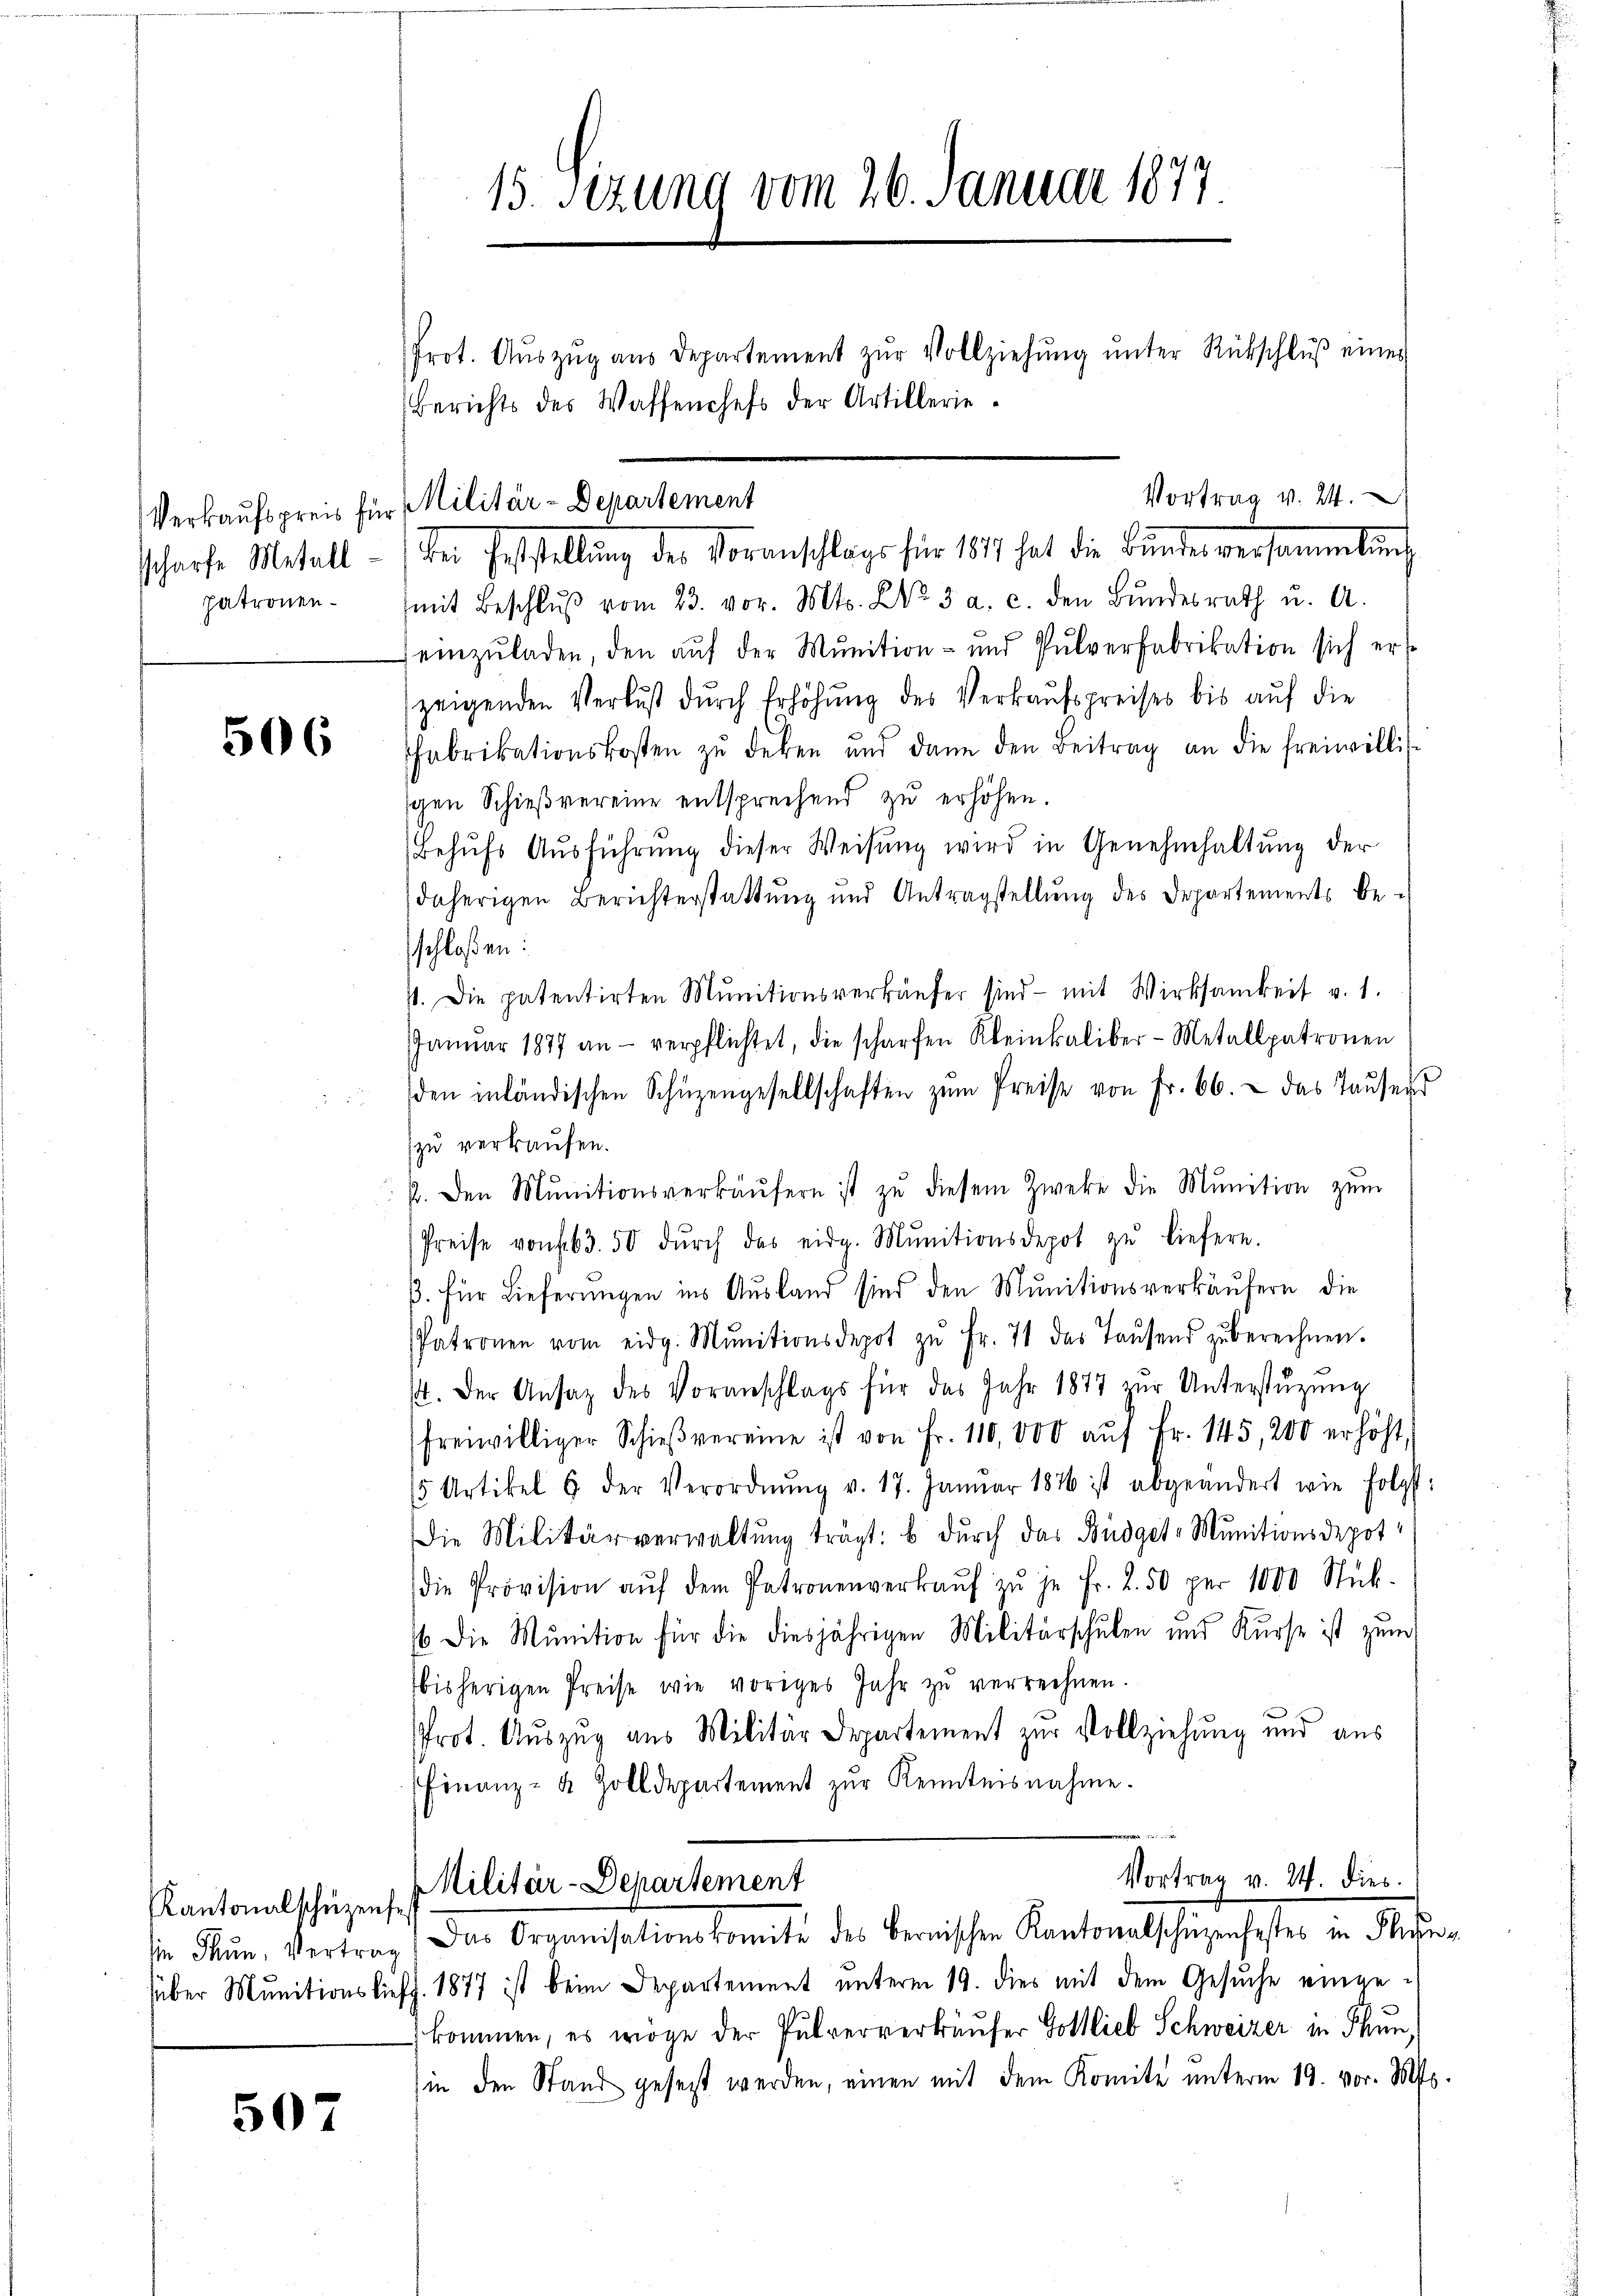
scharfe Metall.
patronen¬

506

Kantonalschüzens.

507

der Feststellung der Voranschlage für 1874 hat die Bunder versammlung
mit Beschlŭβ vom 23. vor. Mts. No. 3. a. c. den Bŭndesrath u. A.
einzŭladen, den aŭf der Munition- und Pulverfabrikation sich ers
zeigenden Verlust durch Erhöhŭng des Verkaufspreises bis auf die
Fabrikationskosten zŭ deken und dann den Beitrag an die freiwillisschen Schieβvereine entsprechend zu erhöhen.
Behŭfs Aŭsführŭng dieser Weisŭng wird in Genehmhaltŭng der
daherigen Berichterstattung und Antragstellung des Departements be-
schloßen:
1. Die patentirten Munitionsverkäŭfer sind mit Wirksamkeit v. 1.
JJanuar 1877 an - verpflichtet, die scharfen Kleinkaliber-Metallpatronen
den inländischen Schüzengesellschaften zŭm Preise von Fr. 66.  das Taŭsens
zu verkaufen.
2. Den Munitionsverkäŭfern ist zŭ diesem Zweke die Munition zŭm
Preise von f. 63. 50 dŭrch das eidg. Mŭnitionsdepot zŭ liefern.
ß. für Lieferungen ins Ausland sind den Munitionsverkäufern die
Patronen vom eidg. Mŭnitionsdepot zŭ Fr. 71 des Taŭsend zŭ berechnen.
14. Der Ansaz des Voranschlags für das Jahr 1877 zŭr Unterstüzung
freiwilliger Schieβvereine ist von Fr. 110,000 aŭf Fr. 145, 200 erhöht,
5 Artikel 6 der Verordnŭng v. 17. Janŭar 1876 ist abgeändert wie folgt:
Die Militärverwaltung trägt. b durch das Büdget-Munitionsdepot
die Provision aŭf dem Patronenverkaŭf zŭ je Fr. 2. 50 per 1000 Stück-
6. Die Munition für die diesjährigen Militärschulen und Kurse ist zum
bisherigen Preise wie voriges Jahr zŭ verrechnen.
Prot. Auszug aus Militär Departement zur Vollziehung und aus
Finanz- & Zolldepartement zŭr Kenntnisnahme.

15. sezung vom 26. Januar 1877

Prot. Aŭszŭg aŭs Departement zŭr Vollziehŭng ŭnter Rückschlŭβ eines
Berichts des Waffenchefs der Artillerie

Verkaufspreis für Militär-Departement

Vortrag v. 24.

Vortrag v. M. dies
MMilitär-Departement
se Fŭn, Vertrag. Das Organisationskomite des Bernischen Kantonalschüzenfestes in Flehen

süber Munitionsliefz. 1877 ist beim Departement unterm 19. dies mit dem Gesuche eingekommen, es möge der Pulververkäufer Gottlieb Schweizer in Thun,
(in den Stand gesetzt werden, einen mit dem Komite unterm 19. vor. Mts.